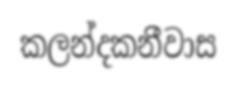
කලන්දකනීවාස